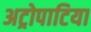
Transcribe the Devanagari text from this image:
अट्रोपाटिया